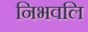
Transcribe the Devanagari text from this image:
निभवलि